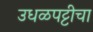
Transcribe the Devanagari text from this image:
उधळपट्टीचा